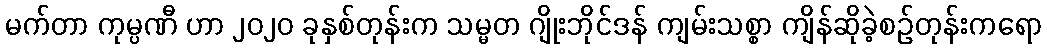
မက်တာ ကုမ္ပဏီ ဟာ ၂၀၂၀ ခုနှစ်တုန်းက သမ္မတ ဂျိုးဘိုင်ဒန် ကျမ်းသစ္စာ ကျိန်ဆိုခဲ့စဉ်တုန်းကရော